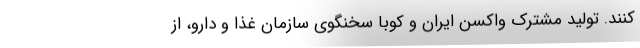
کنند. تولید مشترک واکسن ایران و کوبا سخنگوی سازمان غذا و دارو، از